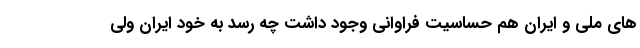
های ملی و ایران هم حساسیت فراوانی وجود داشت چه رسد به خود ایران ولی